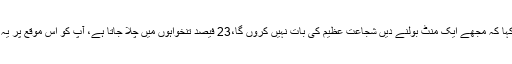
وکیل مرزا محمود نے کہا کہ مجھے ایک منٹ بولنے دیں شجاعت عظیم کی بات نہیں کروں گا،23 فیصد تنخواہوں میں چلا جاتا ہے، آپ کو اس موقع پر یہ باتیں نہیں کرنی چاہییں۔